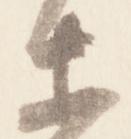
衛